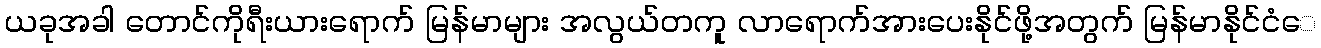
ယခုအခါ တောင်ကိုရီးယားရောက် မြန်မာများ အလွယ်တကူ လာရောက်အားပေးနိုင်ဖို့အတွက် မြန်မာနိုင်ငံေ